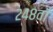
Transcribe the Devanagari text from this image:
२४८वाँ